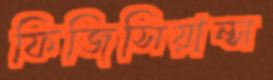
ফিজিসিয়ান্স